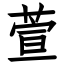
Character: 萱